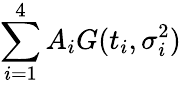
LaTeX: \sum_{i=1}^{4}{A_{i}G(t_{i},\sigma_{i}^{2})}